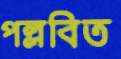
পল্লবিত